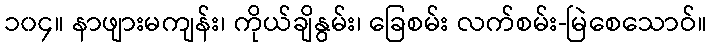
၁၀၄။ နာဖျားမကျန်း၊ ကိုယ်ချိနွမ်း၊ ခြေစမ်း လက်စမ်း-မြဲစေသောဝ်။